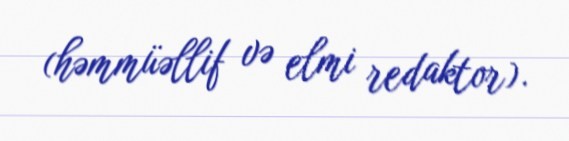
(həmmüəllif və elmi redaktor).